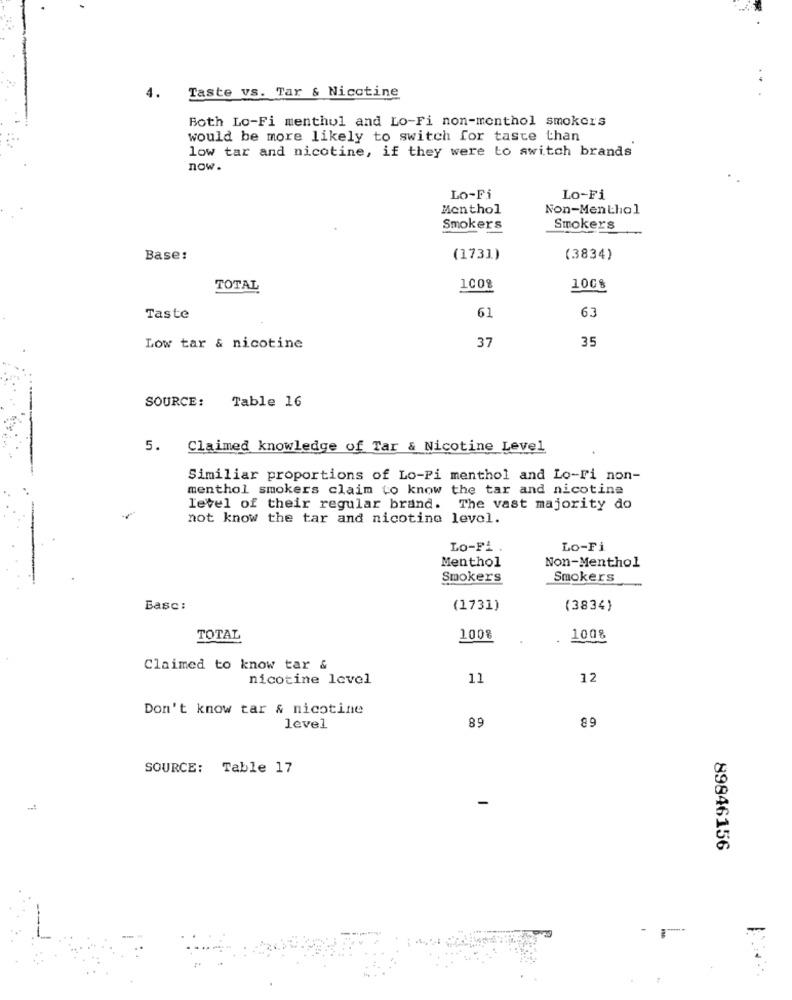
Taste vs. Tar & Nicotine
4.
Both Lo-Fi menthol and Lo-Fi non-menthol smokers
would be more likely to switch for taste than
low tar and nicotine, if they were to switch brands
now .
Lo-Fi
Lo-Fi
Menthol
Non-Menthol
Smokers
Smokers
Base:
(1731)
(3834)
TOTAL
1008
100%
61
63
Taste
37
35
Low tar & nicotine
SOURCE:
Table 16
5. Claimed knowledge of Tar & Nicotine Level
Similiar proportions of Lo-Pi menthol and Lo-Fi non-
menthol smokers claim to know the tar and nicotine
level of their regular brand. The vast majority do
not know the tar and nicotina level.
Lo-Fi .
LO-Fi
Menthol
Non-Menthol
Smokers
Smokers
Basc:
(1731)
(3834)
TOTAL
100%
1008
Claimed to know tar &
nicotine level
11
12
Don't know tar & nicotine
89
89
level
SOURCE: Table 17
89846156